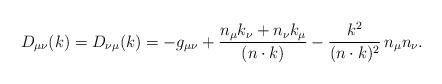
LaTeX: \begin{align*}D_{\mu\nu}(k)= D_{\nu\mu}(k)= -g_{\mu\nu} + \frac{n_{\mu}k_{\nu}+n_{\nu}k_{\mu}}{(n\cdot k)} - \frac {k^{2}}{(n\cdot k)^{2}} \, n_{\mu}n_{\nu}.\end{align*}